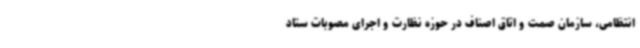
انتظامی، سازمان صمت و اتاق اصناف در حوزه نظارت و اجرای مصوبات ستاد